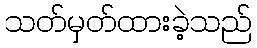
သတ်မှတ်ထားခဲ့သည်